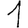
Digit: 1